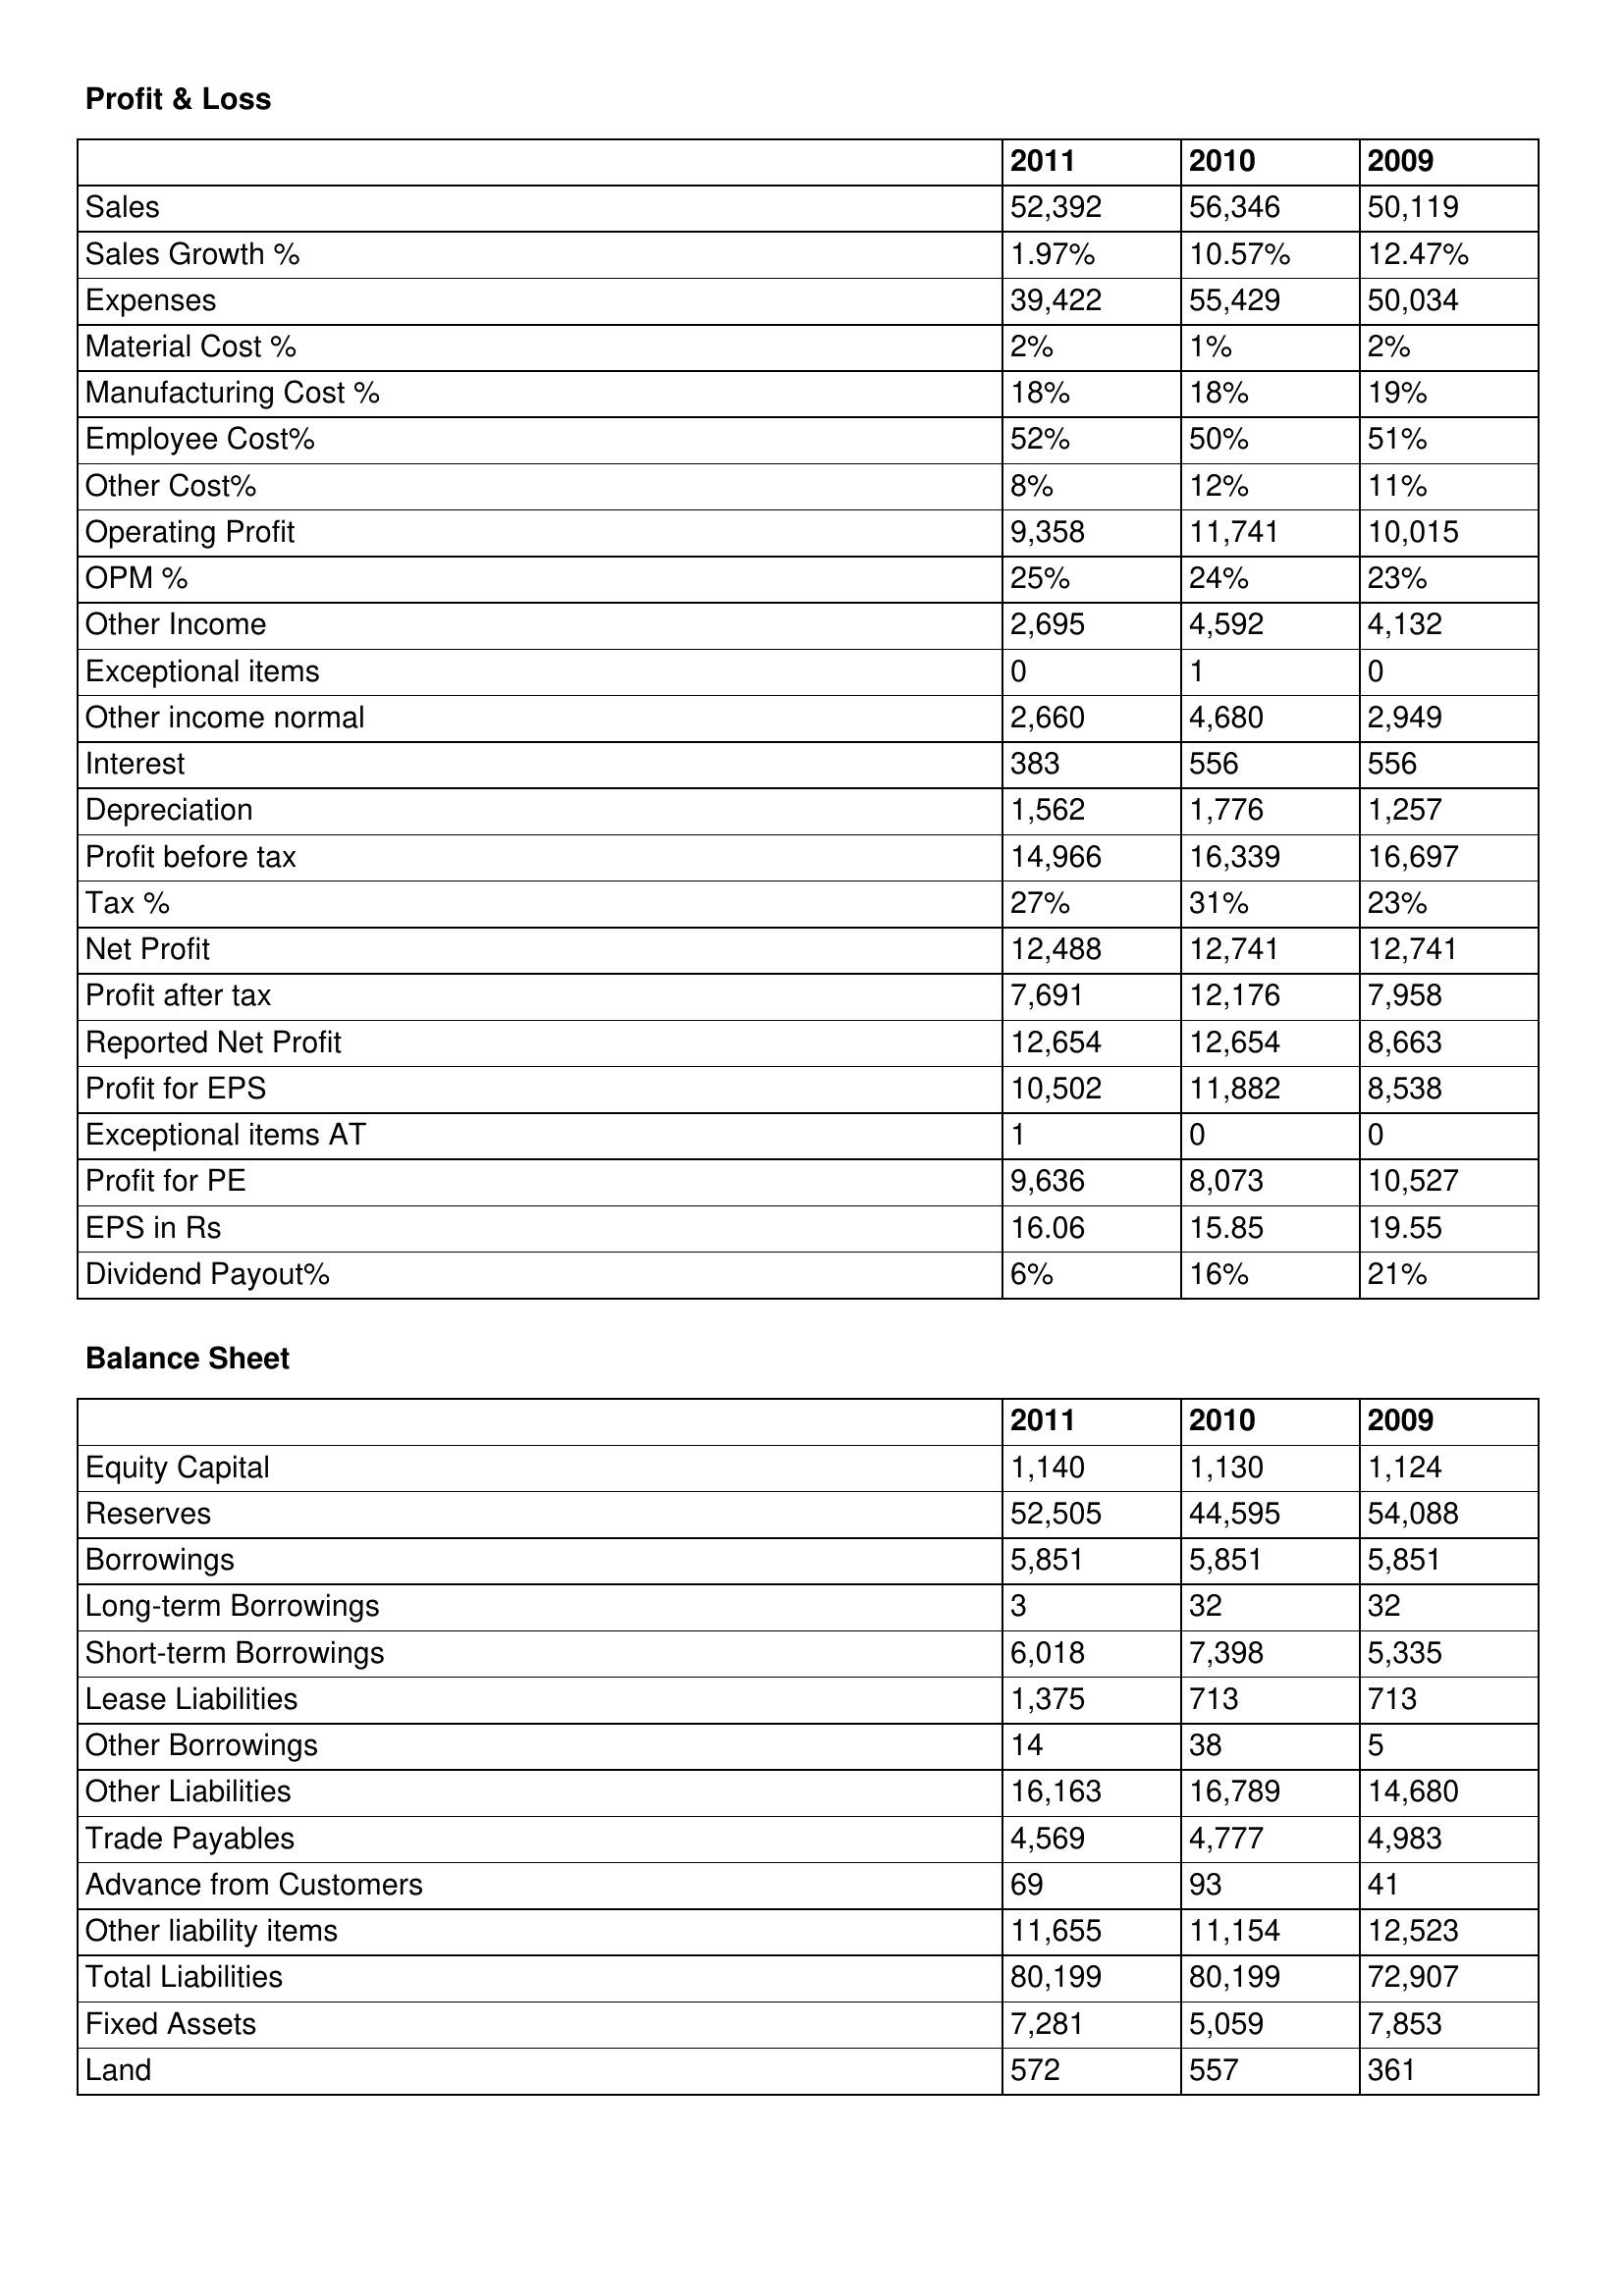
gt_parse: 2011: Profit & Loss: Sales: 52,392
Sales Growth %: 1.97%
Expenses: 39,422
Material Cost %: 2%
Manufacturing Cost %: 18%
Employee Cost%: 52%
Other Cost%: 8%
Operating Profit: 9,358
OPM %: 25%
Other Income: 2,695
Exceptional items: 0
Other income normal: 2,660
Interest: 383
Depreciation: 1,562
Profit before tax: 14,966
Tax %: 27%
Net Profit: 12,488
Profit after tax: 7,691
Reported Net Profit: 12,654
Profit for EPS: 10,502
Exceptional items AT: 1
Profit for PE: 9,636
EPS in Rs: 16.06
Dividend Payout%: 6%
Balance Sheet: Equity Capital: 1,140
Reserves: 52,505
Borrowings: 5,851
Long-term Borrowings: 3
Short-term Borrowings: 6,018
Lease Liabilities: 1,375
Other Borrowings: 14
Other Liabilities: 16,163
Trade Payables: 4,569
Advance from Customers: 69
Other liability items: 11,655
Total Liabilities: 80,199
Fixed Assets: 7,281
Land: 572
2010: Profit & Loss: Sales: 56,346
Sales Growth %: 10.57%
Expenses: 55,429
Material Cost %: 1%
Manufacturing Cost %: 18%
Employee Cost%: 50%
Other Cost%: 12%
Operating Profit: 11,741
OPM %: 24%
Other Income: 4,592
Exceptional items: 1
Other income normal: 4,680
Interest: 556
Depreciation: 1,776
Profit before tax: 16,339
Tax %: 31%
Net Profit: 12,741
Profit after tax: 12,176
Reported Net Profit: 12,654
Profit for EPS: 11,882
Exceptional items AT: 0
Profit for PE: 8,073
EPS in Rs: 15.85
Dividend Payout%: 16%
Balance Sheet: Equity Capital: 1,130
Reserves: 44,595
Borrowings: 5,851
Long-term Borrowings: 32
Short-term Borrowings: 7,398
Lease Liabilities: 713
Other Borrowings: 38
Other Liabilities: 16,789
Trade Payables: 4,777
Advance from Customers: 93
Other liability items: 11,154
Total Liabilities: 80,199
Fixed Assets: 5,059
Land: 557
2009: Profit & Loss: Sales: 50,119
Sales Growth %: 12.47%
Expenses: 50,034
Material Cost %: 2%
Manufacturing Cost %: 19%
Employee Cost%: 51%
Other Cost%: 11%
Operating Profit: 10,015
OPM %: 23%
Other Income: 4,132
Exceptional items: 0
Other income normal: 2,949
Interest: 556
Depreciation: 1,257
Profit before tax: 16,697
Tax %: 23%
Net Profit: 12,741
Profit after tax: 7,958
Reported Net Profit: 8,663
Profit for EPS: 8,538
Exceptional items AT: 0
Profit for PE: 10,527
EPS in Rs: 19.55
Dividend Payout%: 21%
Balance Sheet: Equity Capital: 1,124
Reserves: 54,088
Borrowings: 5,851
Long-term Borrowings: 32
Short-term Borrowings: 5,335
Lease Liabilities: 713
Other Borrowings: 5
Other Liabilities: 14,680
Trade Payables: 4,983
Advance from Customers: 41
Other liability items: 12,523
Total Liabilities: 72,907
Fixed Assets: 7,853
Land: 361